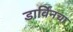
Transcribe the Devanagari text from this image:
डार्विंनचा